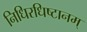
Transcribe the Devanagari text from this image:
निधिरधिष्टानम्